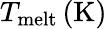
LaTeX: T_{\mathrm{melt}}\, (\mathrm{K})